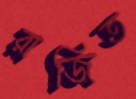
রাজিত